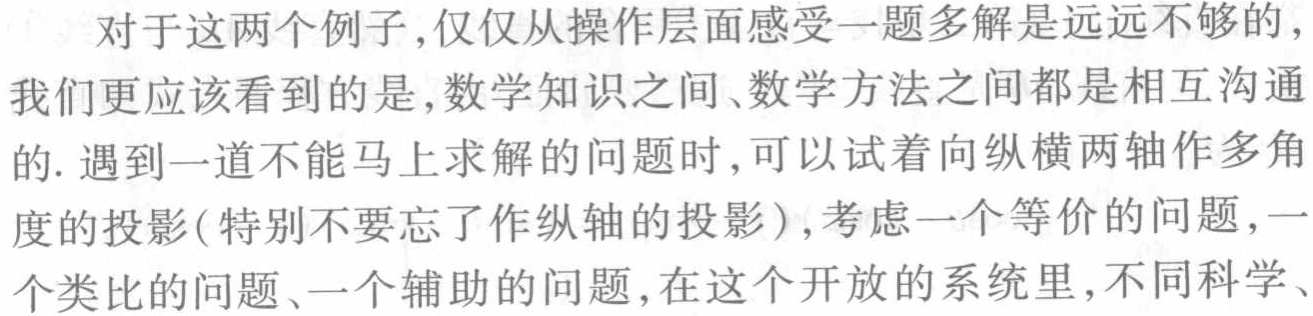
对于这两个例子,仅仅从操作层面感受一题多解是远远不够的，我们更应该看到的是,数学知识之间、数学方法之间都是相互沟通的. 遇到一道不能马上求解的问题时,可以试着向纵横两轴作多角度的投影(特别不要忘了作纵轴的投影),考虑一个等价的问题,一个类比的问题、一个辅助的问题,在这个开放的系统里,不同科学、